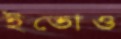
ইতোও